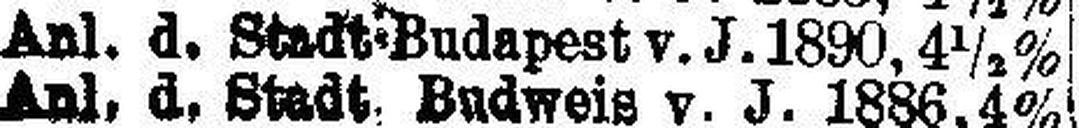
Anl. d. Stadt Budapest v.J. 1890, 4½%